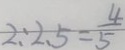
2 : 2 . 5 = \frac { 4 } { 5 }